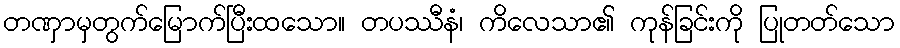
တဏှာမှတွက်မြောက်ပြီးထသော။ တပဿီနံ၊ ကိလေသာ၏ ကုန်ခြင်းကို ပြုတတ်သော